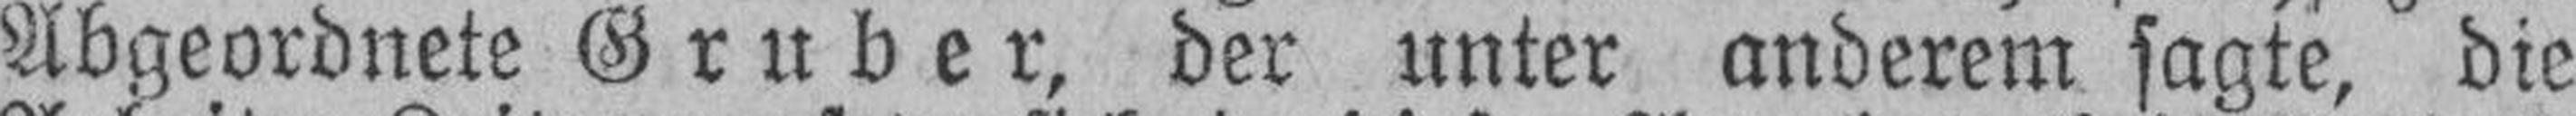
Abgeordnete Gruber, der unter anderem sagte, die